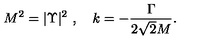
M ^ { 2 } = | \Upsilon | ^ { 2 } \ , \quad k = - \frac { \Gamma } { 2 \sqrt { 2 } M } .